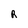
Character: R